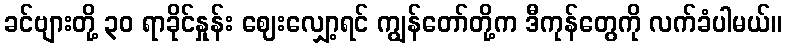
ခင်ဗျားတို့ ၃၀ ရာခိုင်နှုန်း ဈေးလျှော့ရင် ကျွန်တော်တို့က ဒီကုန်တွေကို လက်ခံပါမယ်။